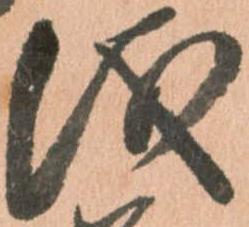
儀